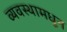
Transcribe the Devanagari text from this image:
व्यवस्थामधून